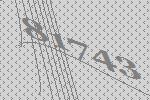
81743